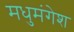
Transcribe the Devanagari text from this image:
मधुमंगेश